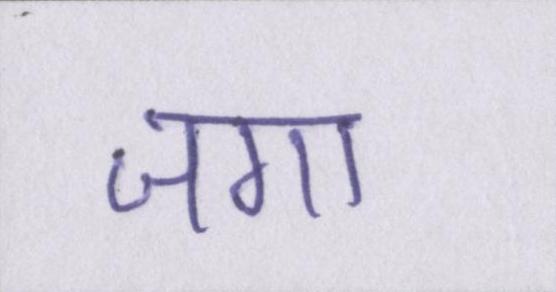
जगा